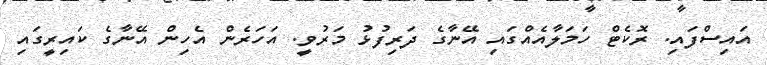
އައިސްފައި. ރޮކެޓް ހަމަލާއެއްގައި އޭނާގެ ދަރިފުޅު މަރުވީ. އަހަރެން އެހިން އޭނާގެ ކައިރީގައި